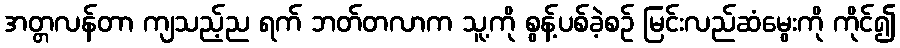
အတ္တလန်တာ ကျသည့်ည ရက် ဘတ်တလာက သူ့ကို စွန့်ပစ်ခဲ့စဉ် မြင်းလည်ဆံမွေးကို ကိုင်၍